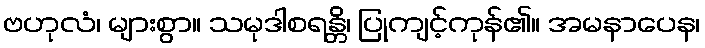
ဗဟုလံ၊ များစွာ။ သမုဒါစရန္တိ၊ ပြုကျင့်ကုန်၏။ အမနာပေန၊